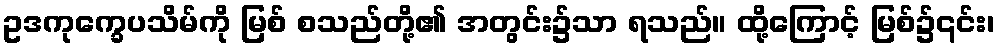
ဥဒကုက္ခေပသိမ်ကို မြစ် စသည်တို့၏ အတွင်း၌သာ ရသည်။ ထို့ကြောင့် မြစ်၌၎င်း၊